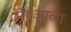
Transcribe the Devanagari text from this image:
महुआला